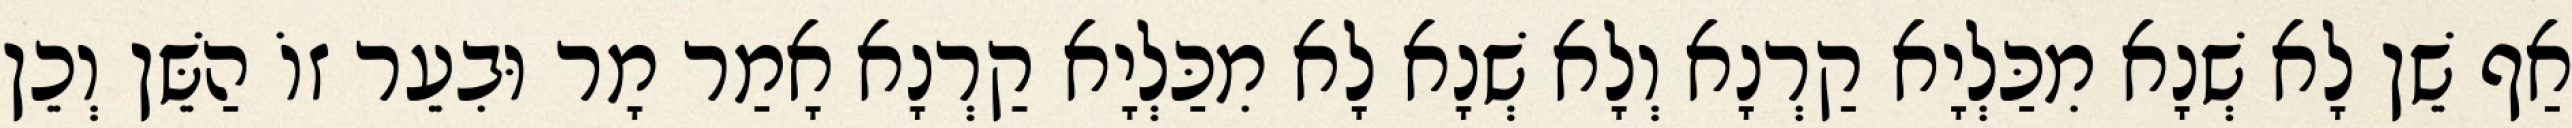
אַף שֵׁן לָא שְׁנָא מִכַּלְיָא קַרְנָא וְלָא שְׁנָא לָא מִכַּלְיָא קַרְנָא אָמַר מָר וּבִעֵר זוֹ הַשֵּׁן וְכֵן